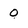
Character: 0